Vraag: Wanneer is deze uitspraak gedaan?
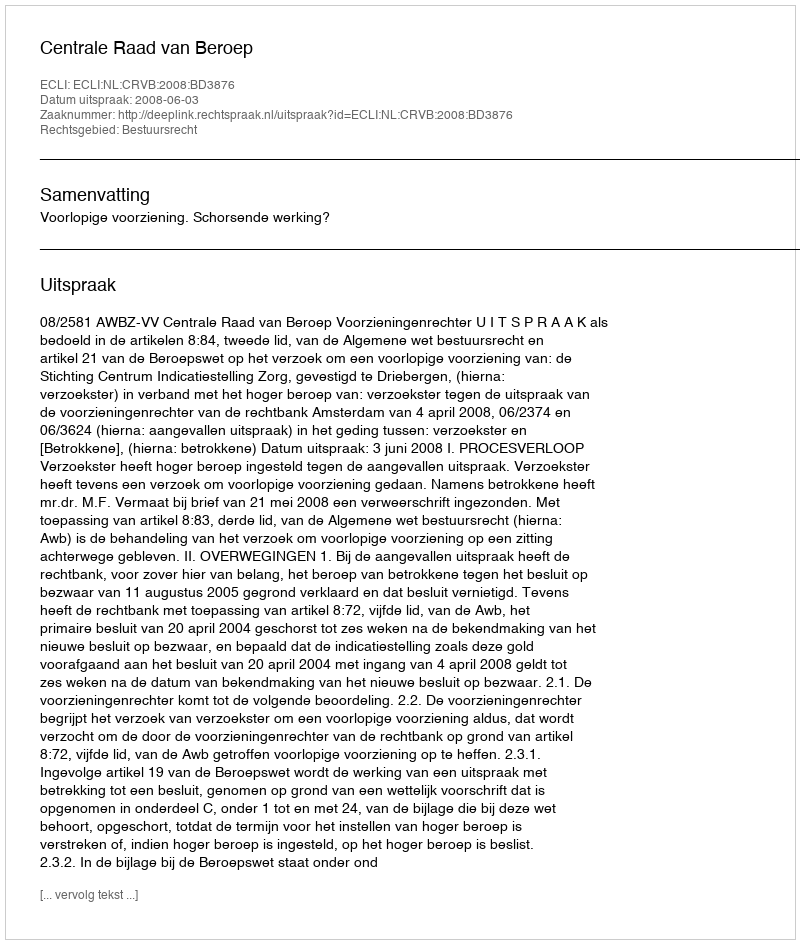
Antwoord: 2008-06-03